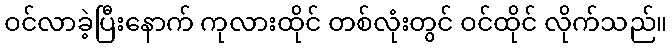
ဝင်လာခဲ့ပြီးနောက် ကုလားထိုင် တစ်လုံးတွင် ဝင်ထိုင် လိုက်သည်။